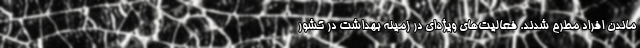
ماندن افراد مطرح شدند. فعالیت‌های ویژه‌ای در زمینه بهداشت در کشور